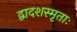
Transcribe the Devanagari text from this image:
द्वादशस्मृताः